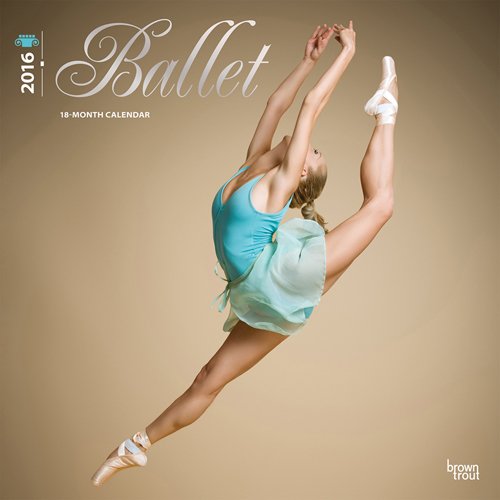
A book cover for Ballet 2016 Square 12x12 (ST-Silver Foil) (Multilingual Edition); Browntrout Publishers; Calendars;